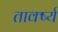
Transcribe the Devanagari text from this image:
तार्क्ष्य